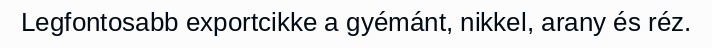
Legfontosabb exportcikke a gyémánt, nikkel, arany és réz.